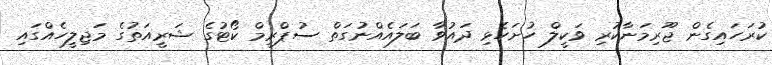
ކުރަހައިގެން ޖޫރިމަނާކުރި ވަކީލް ހުށަހެޅި ދައުވާ ބަލައެއްނުގަތް ސުޕްރީމް ކޯޓުގެ ޝަރީއަތުގެ މަޖިލީހެއްގައި